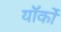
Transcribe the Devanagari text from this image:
यॉर्कों